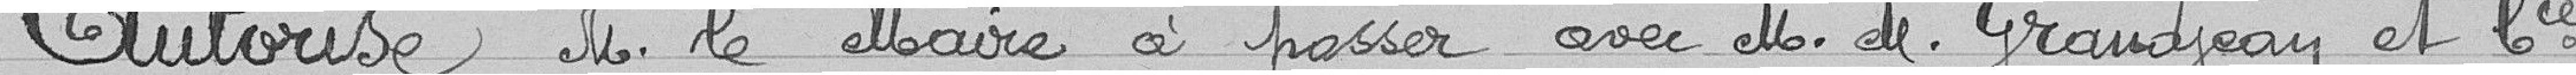
Autorise Monsieur le maire à passer avec Messieurs Grandjean et Compagnie